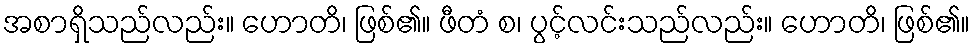
အစာရှိသည်လည်း။ ဟောတိ၊ ဖြစ်၏။ ဖီတံ စ၊ ပွင့်လင်းသည်လည်း။ ဟောတိ၊ ဖြစ်၏။